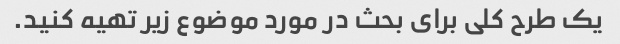
یک طرح کلی برای بحث در مورد موضوع زیر تهیه کنید.